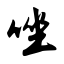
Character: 唑